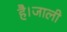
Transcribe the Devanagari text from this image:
है।जाली